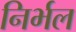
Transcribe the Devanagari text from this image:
निर्भल